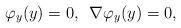
LaTeX: \begin{align*}\varphi_{y}(y)=0, \,\,\, \nabla\varphi_{y}(y)=0,\end{align*}